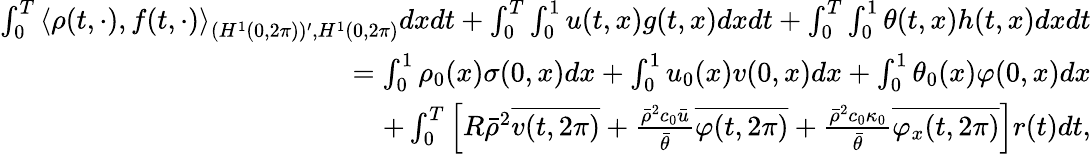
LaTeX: \begin{array}{r}{\int_{0}^{T}\left\langle\rho(t,\cdot),f(t,\cdot)\right\rangle_{(H^{1}(0,2\pi))^{\prime},H^{1}(0,2\pi)}dxdt+\int_{0}^{T}\int_{0}^{1}u(t,x)g(t,x)dxdt+\int_{0}^{T}\int_{0}^{1}\theta(t,x)h(t,x)dxdt}\\ {=\int_{0}^{1}\rho_{0}(x)\sigma(0,x)dx+\int_{0}^{1}u_{0}(x)v(0,x)dx+\int_{0}^{1}\theta_{0}(x)\varphi(0,x)dx}\\ {+\int_{0}^{T}\left[R\bar{\rho}^{2}\overline{{v(t,2\pi)}}+\frac{\bar{\rho}^{2}c_{0}\bar{u}}{\bar{\theta}}\overline{{\varphi(t,2\pi)}}+\frac{\bar{\rho}^{2}c_{0}\kappa_{0}}{\bar{\theta}}\overline{{\varphi_{x}(t,2\pi)}}\right]r(t)dt,}\end{array}